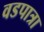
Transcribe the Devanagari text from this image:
वडपात्रा